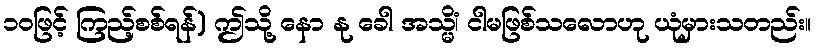
၁၀ဖြင့် ကြည့်စစ်ရန်) ဤသို့ နော နု ခေါ အသ္မိံ၊ ငါမဖြစ်သလောဟု ယုံမှားသတည်း။